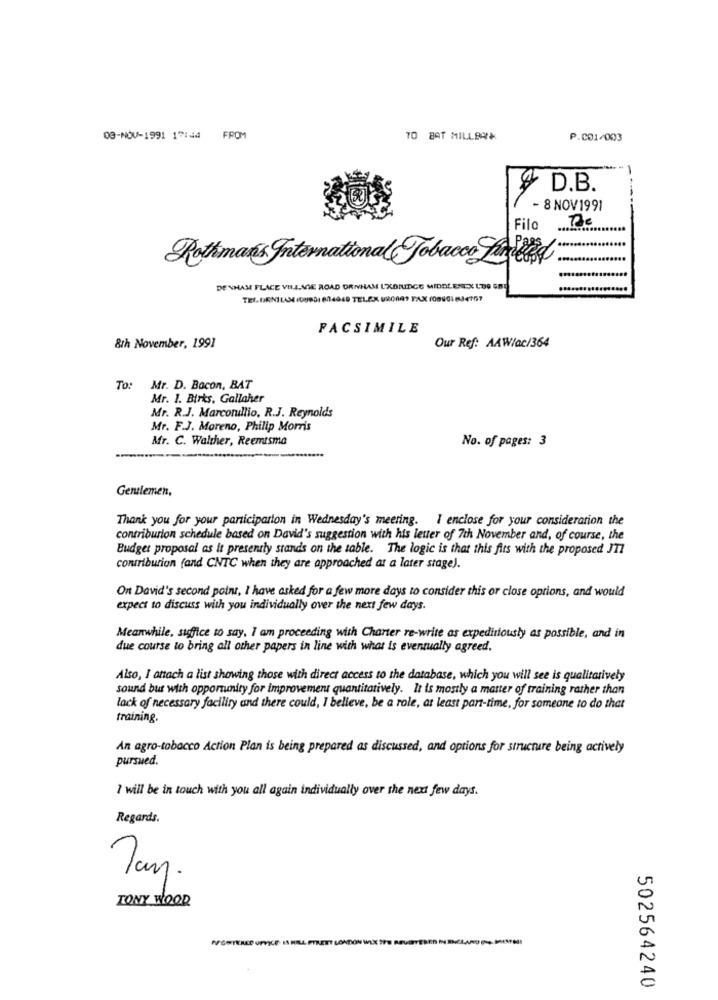
09-NOV-1991 17:44 FROM
TO BAT MILLER
P.C01/003
D.B.
- 8 NOV1991
Filo
Rothmans International Tobacco Fritid
DE SHAME PLACE VILLAGE ROAD DENHAM L'XBRIDGE MIDDLESEX LDO GEL
FACSIMILE
8th November, 1991
Our Ref: AAW/ac/364
To: Mr. D. Bacon, BAT
Mr. 1. Birks, Gallaher
Mr. R.J. Marcotullio. R.J. Reynolds
Mr. F.J. Moreno, Philip Morris
Mr. C. Walther, Reemtsma
No. of pages: 3
Gentlemen,
Thank you for your participarton in Wednesday's meeting. I enclose for your consideration the
contriburion schedule based on David's suggestion with his letter of 7th November and, of course, the
Budget proposal as it presently stands on the table. The logic is that this fits with the proposed JT7
contribution (and CNTC when they are approached at a later stage).
On David's second point, I have asked for a few more days to consider this or close options, and would
expect to discuss with you individually over the next few days.
Meanwhile, sufice to say, I am proceeding with Charter re-write as expeditiousty as possible, and in
due course to bring all other papers in line with what is eventually agreed.
Also, I attach a list showing those with direct access to the database, which you will see is qualitatively
sound but with opportunity for improvement quantitatively. It is mostly a matter of training rather than
lack of necessary facility and there could, I believe, be a role, at least part-time, for someone to do that
training.
An agro-tobacco Action Plan is being prepared as discussed, and options for structure being actively
pursued.
1 will be in touch with you all again individually over the next few days.
Regards,
TONY WOOD
502564240